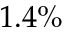
1 . 4 \%